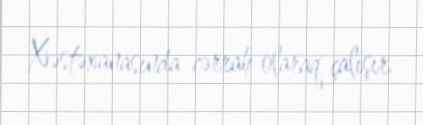
Xəstəxanasında cərrah olaraq çalışır.